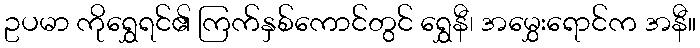
ဥပမာ ကိုရွှေရင်၏ ကြက်နှစ်ကောင်တွင် ရွှေနီ၊ အမွှေးရောင်က အနီ။